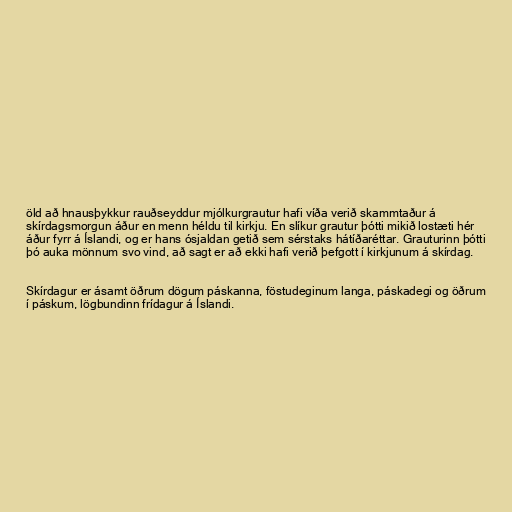
öld að hnausþykkur rauðseyddur mjólkurgrautur hafi víða verið skammtaður á
skírdagsmorgun áður en menn héldu til kirkju. En slíkur grautur þótti mikið lostæti hér
áður fyrr á Íslandi, og er hans ósjaldan getið sem sérstaks hátíðaréttar. Grauturinn þótti
þó auka mönnum svo vind, að sagt er að ekki hafi verið þefgott í kirkjunum á skírdag.

Skírdagur er ásamt öðrum dögum páskanna, föstudeginum langa, páskadegi og öðrum
í páskum, lögbundinn frídagur á Íslandi.